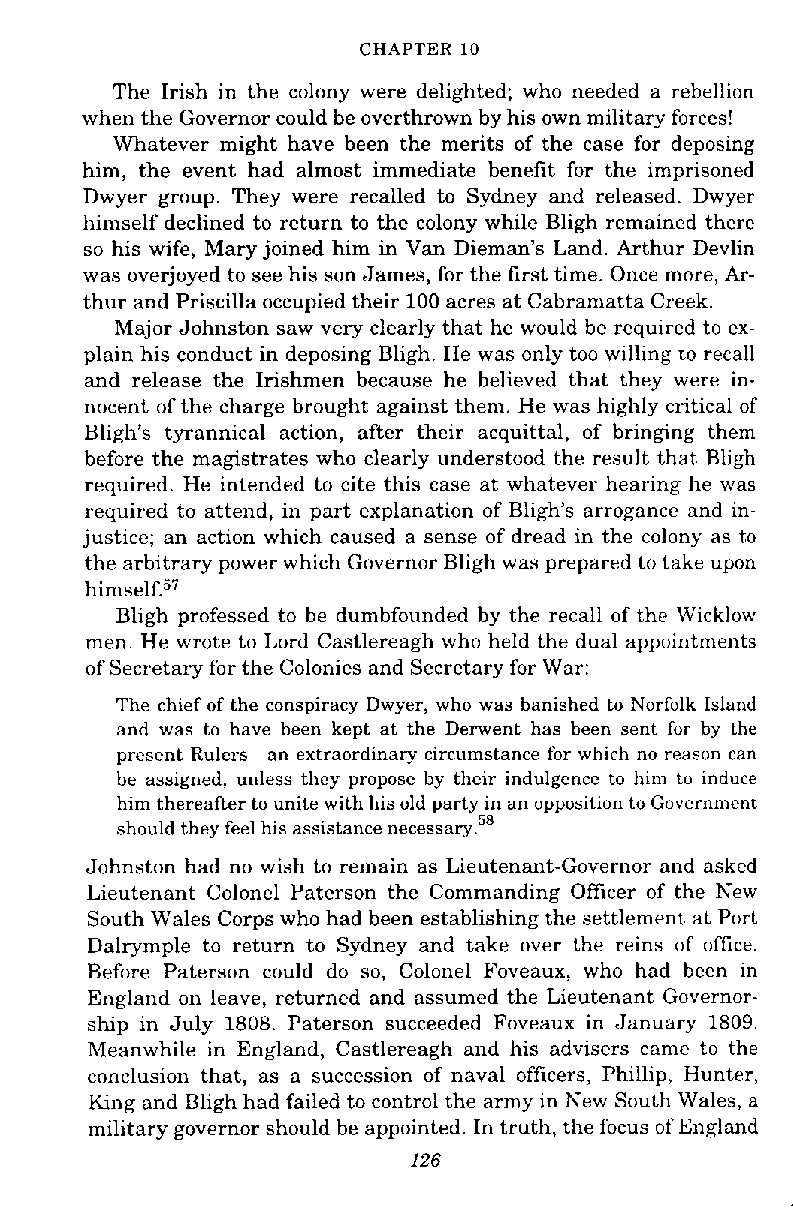
CHAPTER 10
 The Irish in the colony were delighted; who needed a rebellion
 when the Governor could be overthrown by his own military forces!
 Whatever might have been the merits of the case for deposing
 him, the event had almost immediate benefit for the imprisoned
 Dwyer group. They were recalled to Sydney and released. Dwyer
 himself declined to return to the colony while Bligh remained there
 so his wife, Mary joined him in Van Dieman's Land. Arthur Devlin
 was overjoyed to see his son James, for the first time. Once more, Ar-
 thur and Priscilla occupied their 100 acres at Cabramatta Creek.
 Major Johnston saw very clearly that he would be required to ex-
 plain his conduct in deposing Bligh. He was only too willing to recall
 and release the Irishmen because he believed that they were in-
 nocent of the charge brought against them. He was highly critical of
 Bligh's tyrannical action, after their acquittal, of bringing them
 before the magistrates who clearly understood the result that Bligh
 required. He intended to cite this case at whatever hearing he was
 required to attend, in part explanation of Bligh's arrogance and in-
 justice; an action which caused a sense of dread in the colony as to
 the arbitrary power which Governor Bligh was prepared to take upon
 him~elf.~'
 Bligh professed to be dumbfounded by the recall of the Wicklow
 men. He wrote to Lord Castlereagh who held the dual appointments
 of Secretary for the Colonies and Secretary for War:
 The chief of the conspiracy Dwyer, who was banished to Norfolk Island
 and was to have been kept at the Dement has been sent for by the
 present Rulers-an extraordinary circumstance for which no reason can
 be assigned, unless they propose by their indulgence to him tu induce
 him thereafter to unite with his old party in an opposition to Government
 should they feel his assistance nece~sary.~'
 Johnston had no wish to remain as Lieutenant-Governor and asked
 Lieutenant Colonel Paterson the Commanding Officer of the New
 South Wales Corps who had been establishing the settlement at Port
 Dalrymple to return to Sydney and take over the reins of office.
 Before Paterson could do so, Colonel Foveaux, who had been in
 England on leave, returned and assumed the Lieutenant Governor-
 ship in July 1808. Paterson succeeded Foveaux in January 1809.
 Meanwhile in England, Castlereagh and his advisers came to the
 conclusion that, as a succession of naval officers, Phillip, Hunter,
 King and Bligh had failed to control the army in New South Wales, a
 military governor should be appointed. In truth, the focus of England
 I26